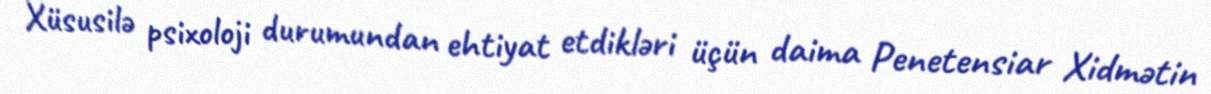
Xüsusilə psixoloji durumundan ehtiyat etdikləri üçün daima Penetensiar Xidmətin